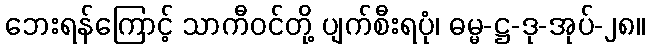
ဘေးရန်ကြောင့် သာကီဝင်တို့ ပျက်စီးရပုံ၊ ဓမ္မ-ဋ္ဌ-ဒု-အုပ်-၂၈။